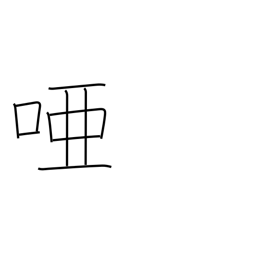
Meaning: dumb